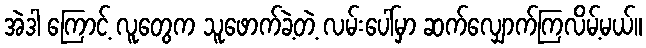
အဲဒါ ကြောင့် လူတွေက သူဖောက်ခဲ့တဲ့ လမ်းပေါ်မှာ ဆက်လျှောက်ကြလိမ့်မယ်။